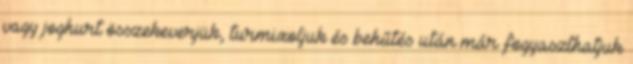
vagy joghurt összekeverjük, turmixoljuk és behűtés után már fogyaszthatjuk